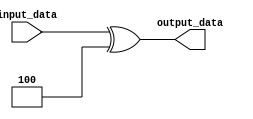
module GenerateParameterizedModule #(parameter WIDTH = 4) (
    input [WIDTH-1:0] input_data,
    output [WIDTH-1:0] output_data
);

// Combinational logic
assign output_data = input_data ^ WIDTH;

endmodule